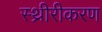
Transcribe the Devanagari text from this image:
स्थ्रीरीकरण